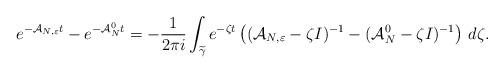
LaTeX: \begin{align*}e^{-\mathcal{A}_{N,\varepsilon}t}-e^{-\mathcal{A}_N^0t} =-\frac{1}{2\pi i}\int _{\widetilde{\gamma}} e^{-\zeta t}\left( (\mathcal{A}_{N,\varepsilon}-\zeta I)^{-1}-(\mathcal{A}_N^0-\zeta I)^{-1}\right)\,d\zeta .\end{align*}